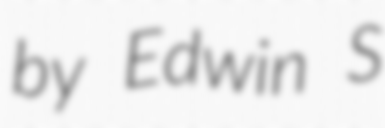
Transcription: by Edwin S